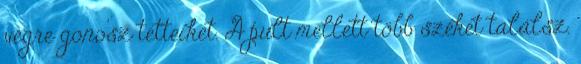
végre gonosz tetteiket. A pult mellett több széket találsz.